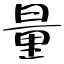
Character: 量